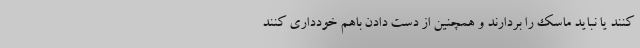
کنند یا نباید ماسک را بردارند و همچنین از دست دادن باهم خودداری کنند